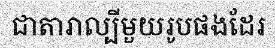
ជាតារាល្បីមួយរូបផងដែរ